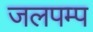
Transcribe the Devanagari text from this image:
जलपम्प